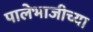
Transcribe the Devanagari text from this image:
पालेभाजीच्या